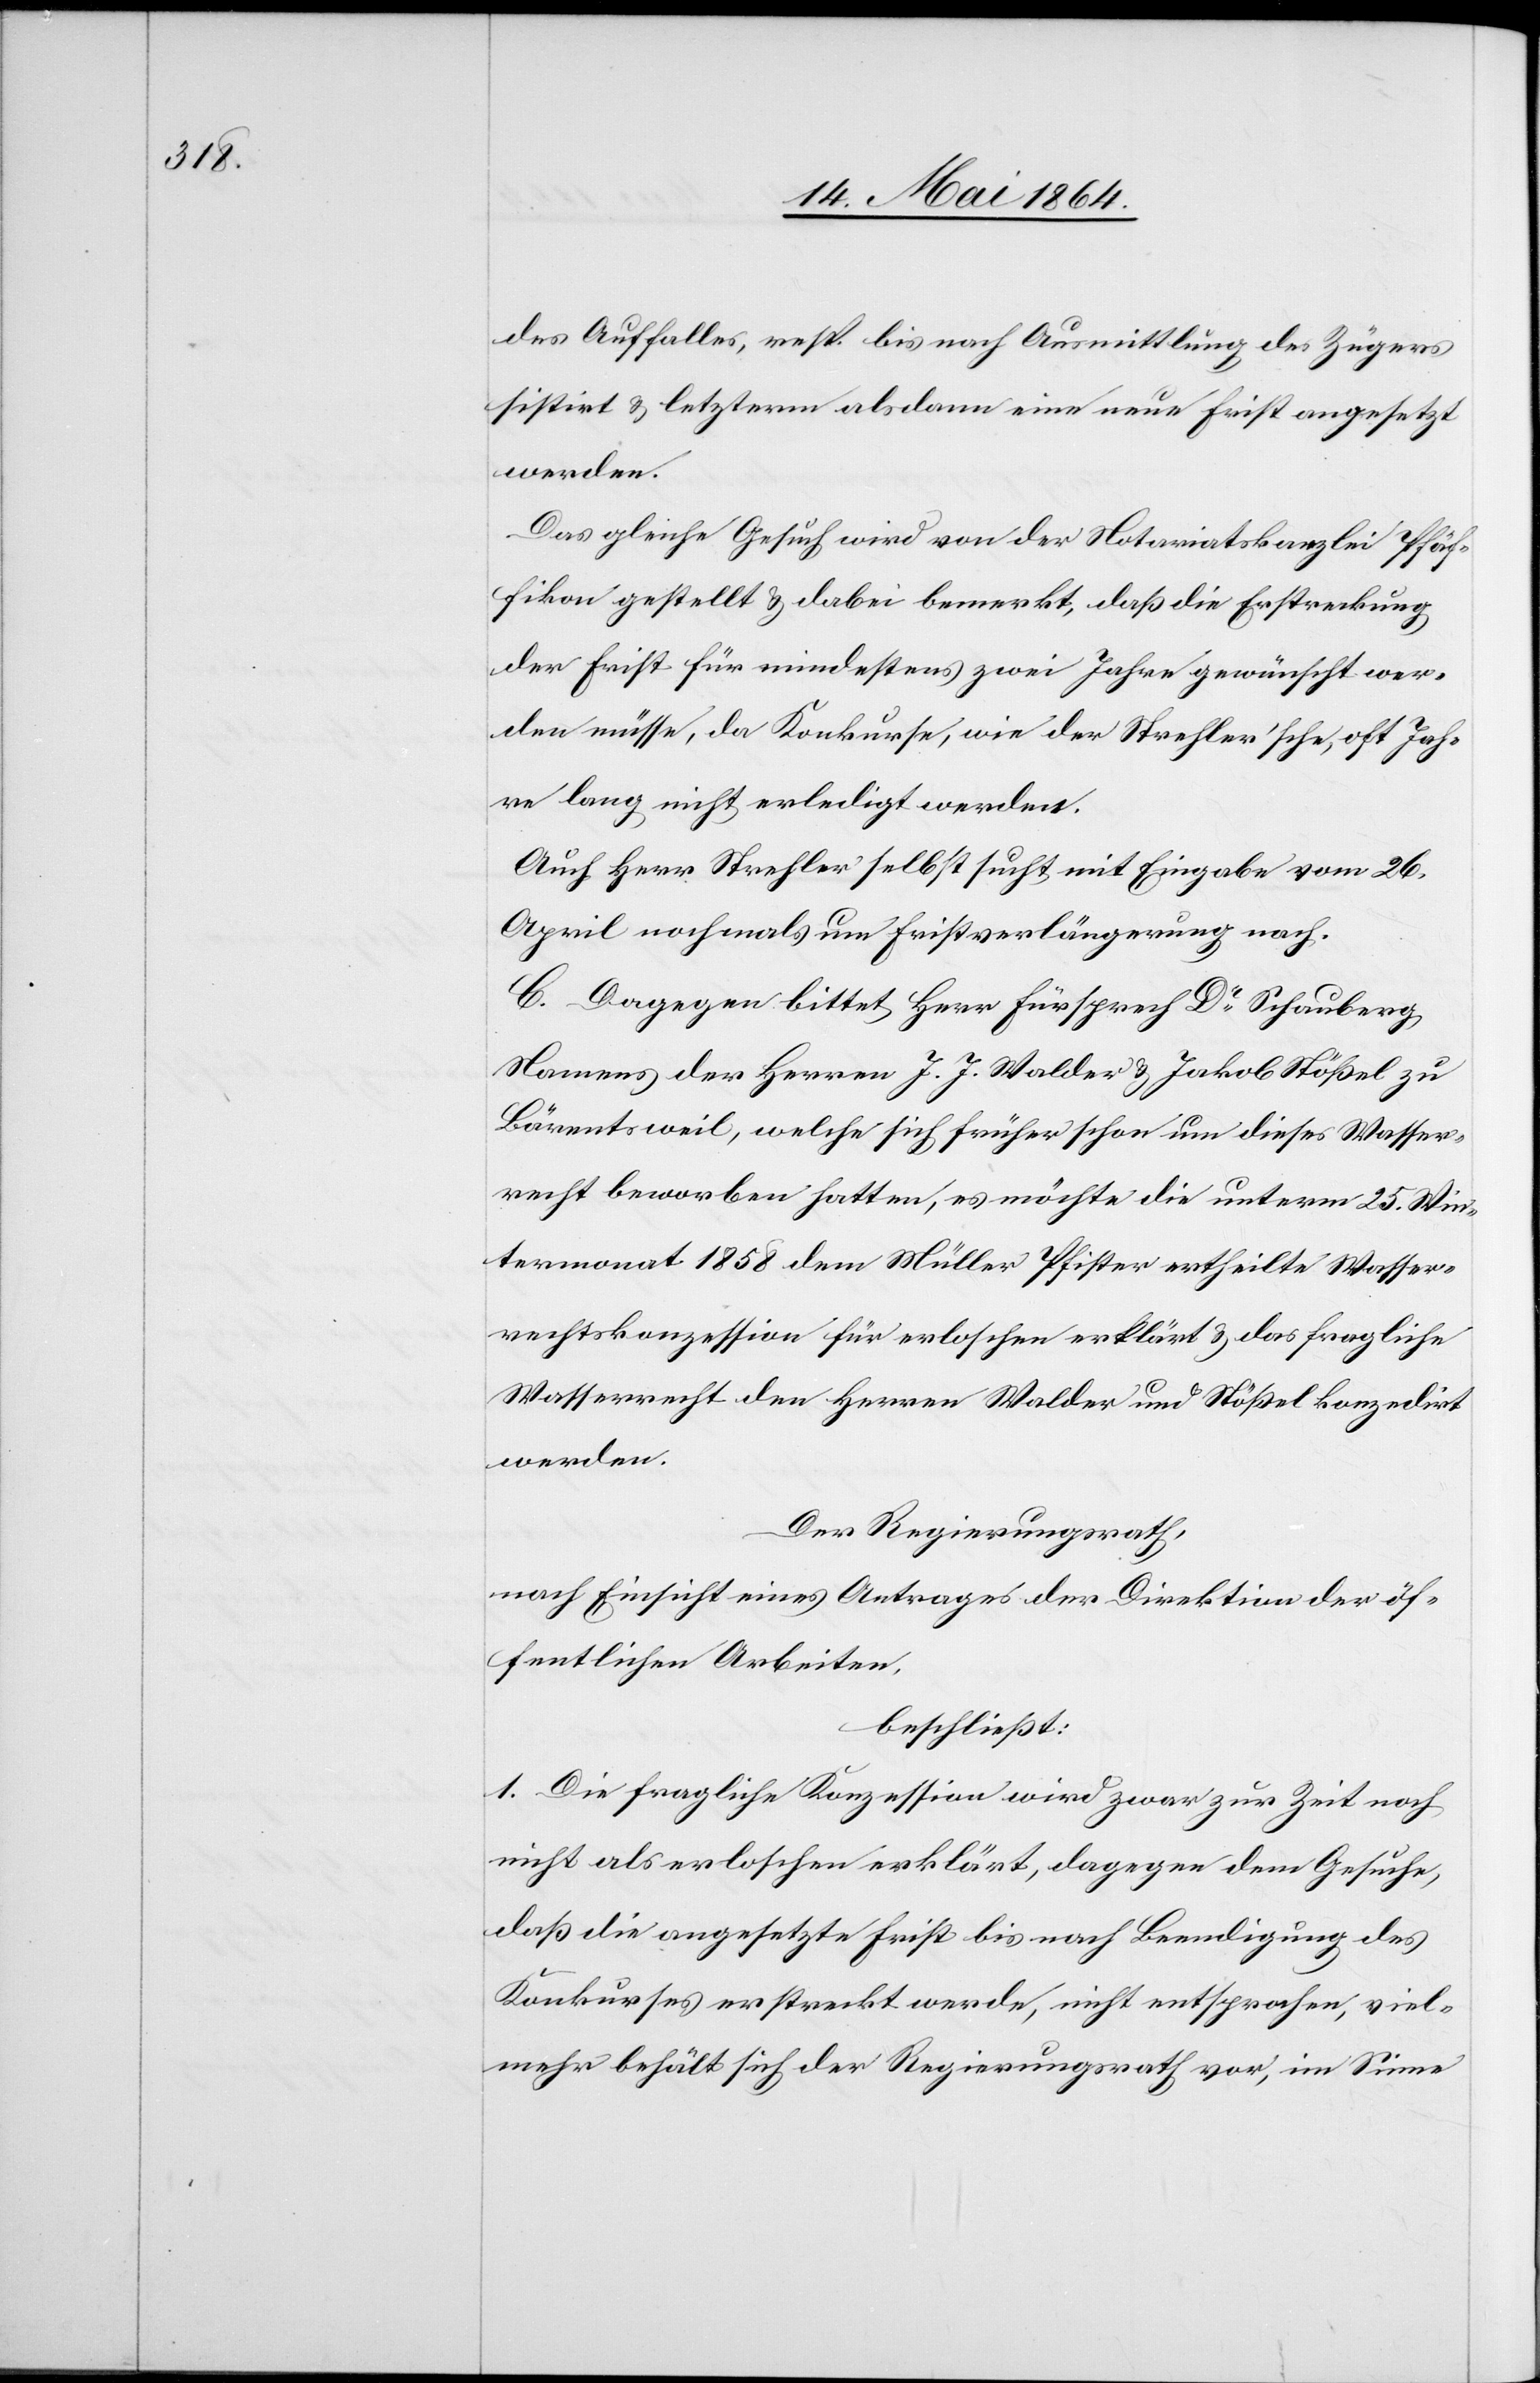
des Auffalles, resp. bis nach Ausmittlung des Zügers
sistirt u. letzterm alsdann eine neue Frist angesetzt
werden.
Das gleiche Gesuch wird von der Notariatskanzlei Pfäf¬
fikon gestellt u. dabei bemerkt, daß die Erstreckung
der Frist für mindestens zwei Jahre gewünscht wer¬
den müsse, da Konkurse, wie der Strehler’sche, oft Jah¬
re lang nicht erledigt werden.
Auch Herr Strehler selbst sucht mit Eingabe vom 26.
April nochmals um Fristverlängerung nach.
C. Dagegen bittet Herr Fürsprech Dr Schauberg
Namens der Herren J. J. Walder u. Jakob Stößel zu
Bärentsweil, welche sich früher schon um dieses Wasser¬
recht beworben hatten, es möchte die unterm 25. Win¬
termonat 1858 dem Müller Pfister ertheilte Wasser¬
rechtskonzession für erloschen erklärt u. das fragliche
Wasserrecht den Herren Walder und Stößel konzedirt
werden.
Der Regierungsrath,
nach Einsicht eines Antrages der Direktion der öf¬
fentlichen Arbeiten,
beschließt:
1. Die fragliche Konzession wird zwar zur Zeit noch
nicht als erloschen erklärt, dagegen dem Gesuche,
daß die angesetzte Frist bis nach Beendigung des
Konkurses erstreckt werde, nicht entsprochen, viel¬
mehr behält sich der Regierungsrath vor, im Sinne